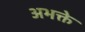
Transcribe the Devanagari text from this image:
अभक्ते